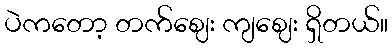
ပဲကတော့ တက်ဈေး ကျဈေး ရှိတယ်။